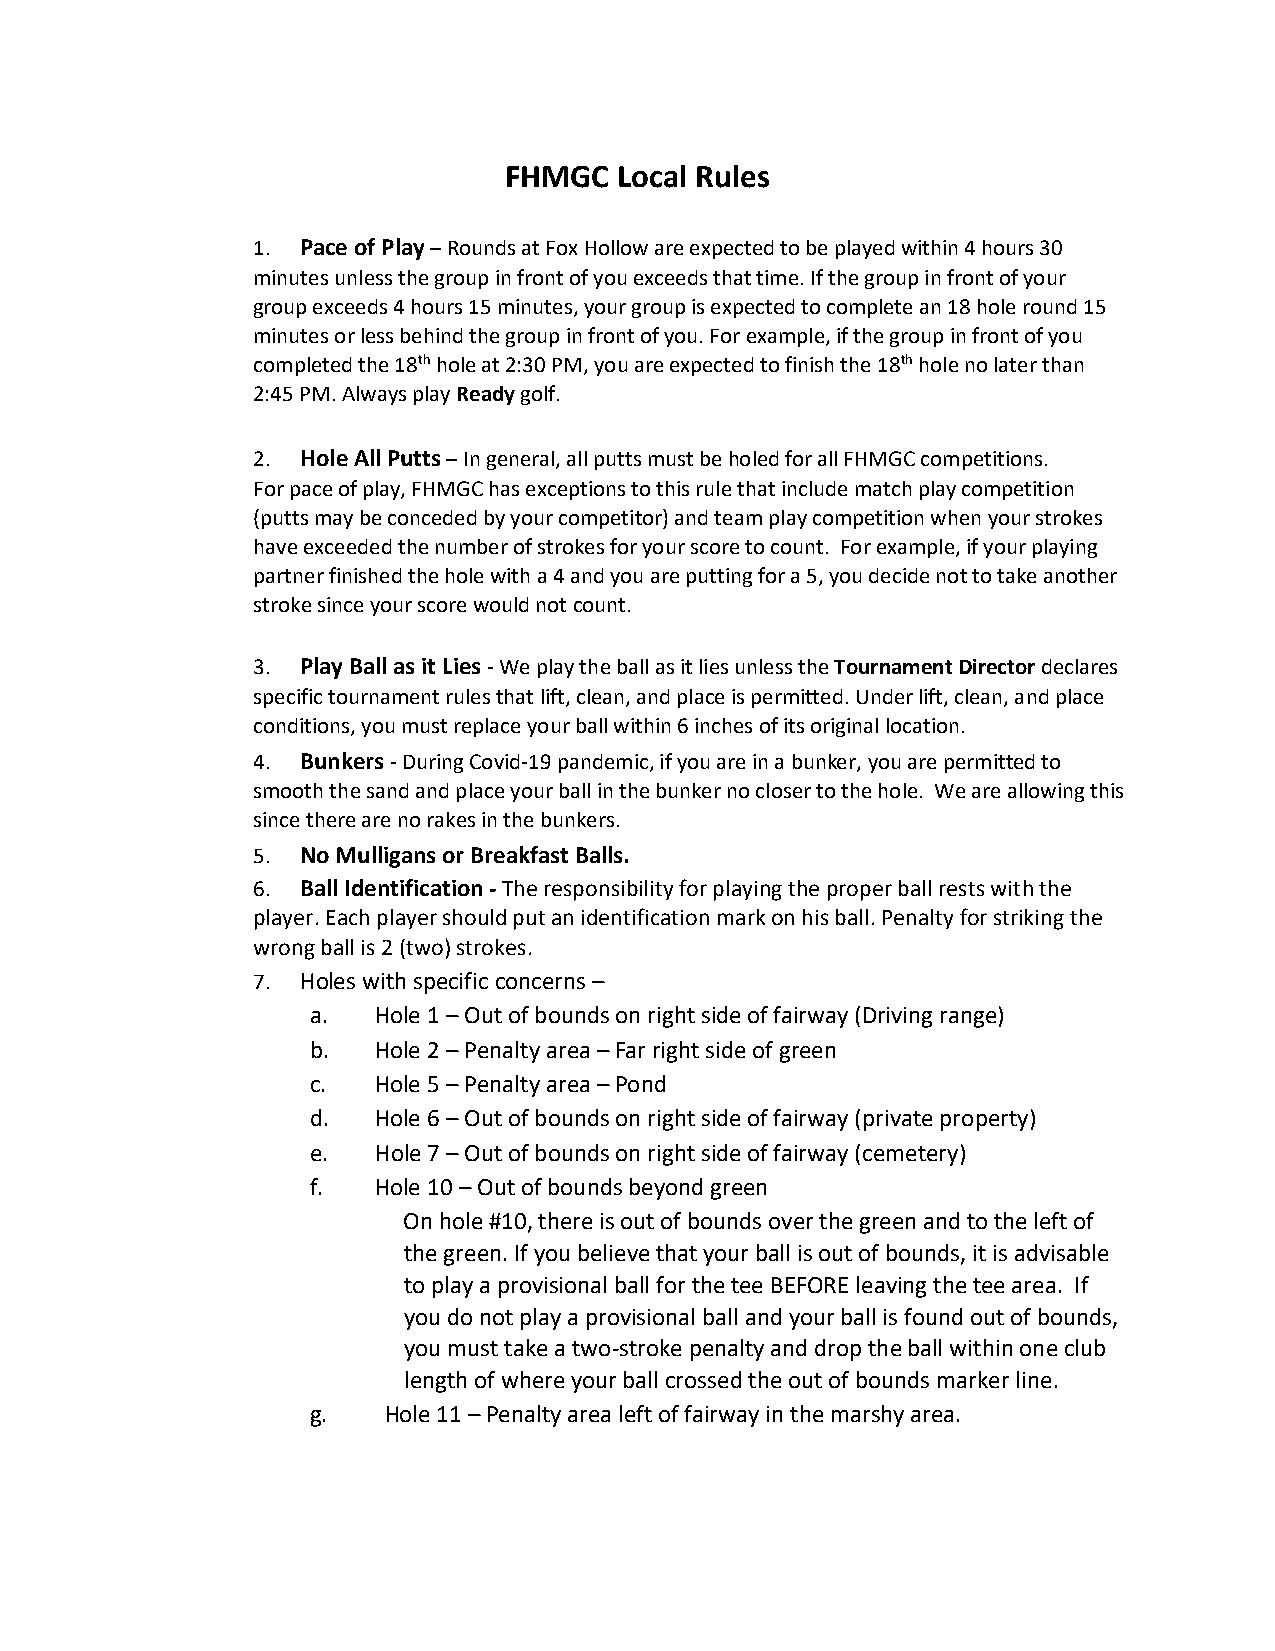
FHMGC   Local Rules
 1. Pace of Play – Rounds at Fox Hollow are expected to be played within 4 hours 30
 minutes unless the group in front of you exceeds that time. If the group in front of your
 group exceeds 4 hours 15 minutes, your group is expected to complete an 18 hole round 15
 minutes or less behind the group in front of you. For example, if the group in front of you
 completed the 18th hole at 2:30 PM, you are expected to finish the 18th hole no later than
 2:45 PM. Always play Ready golf.
 2. Hole All Putts – In general, all putts must be holed for all FHMGC competitions.
 For pace of play, FHMGC has exceptions to this rule that include match play competition
 (putts may be conceded by your competitor) and team play competition when your strokes
 have exceeded the number of strokes for your score to count. For example, if your playing
 partner finished the hole with a 4 and you are putting for a 5, you decide not to take another
 stroke since your score would not count.
 3. Play Ball as it Lies - We play the ball as it lies unless the Tournament Director declares
 specific tournament rules that lift, clean, and place is permitted. Under lift, clean, and place
 conditions, you must replace your ball within 6 inches of its original location.
 4. Bunkers - During Covid-19 pandemic, if you are in a bunker, you are permitted to
 smooth the sand and place your ball in the bunker no closer to the hole. We are allowing this
 since there are no rakes in the bunkers.
 5. No Mulligans or Breakfast Balls.
 6. Ball Identification - The responsibility for playing the proper ball rests with the
 player. Each player should put an identification mark on his ball. Penalty for striking the
 wrong ball is 2 (two) strokes.
 7. Holes with specific concerns –
 a.   Hole 1 – Out of bounds on right side of fairway (Driving range)
 b.   Hole 2 – Penalty area – Far right side of green
 c.   Hole 5 – Penalty area – Pond
 d.   Hole 6 – Out of bounds on right side of fairway (private property)
 e.   Hole 7 – Out of bounds on right side of fairway (cemetery)
 f.   Hole 10 – Out of bounds beyond green
 On hole #10, there is out of bounds over the green and to the left of
 the green. If you believe that your ball is out of bounds, it is advisable
 to play a provisional ball for the tee BEFORE leaving the tee area. If
 you do not play a provisional ball and your ball is found out of bounds,
 you must take a two-stroke penalty and drop the ball within one club
 length of where your ball crossed the out of bounds marker line.
 g.   Hole 11 – Penalty area left of fairway in the marshy area.